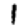
Digit: 1